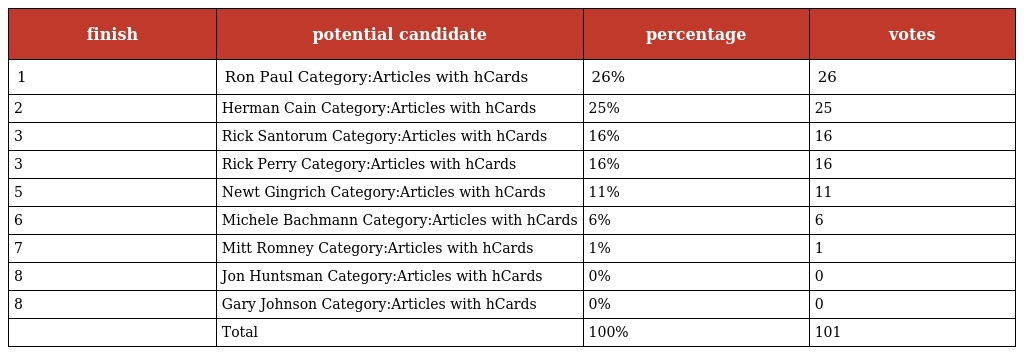
| finish | potential candidate | percentage | votes |
 | --- | --- | --- | --- |
 | 1 | Ron Paul Category:Articles with hCards | 26% | 26 |
 | 2 | Herman Cain Category:Articles with hCards | 25% | 25 |
 | 3 | Rick Santorum Category:Articles with hCards | 16% | 16 |
 | 3 | Rick Perry Category:Articles with hCards | 16% | 16 |
 | 5 | Newt Gingrich Category:Articles with hCards | 11% | 11 |
 | 6 | Michele Bachmann Category:Articles with hCards | 6% | 6 |
 | 7 | Mitt Romney Category:Articles with hCards | 1% | 1 |
 | 8 | Jon Huntsman Category:Articles with hCards | 0% | 0 |
 | 8 | Gary Johnson Category:Articles with hCards | 0% | 0 |
 |  | Total | 100% | 101 |